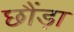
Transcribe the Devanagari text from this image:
छौंड़ा